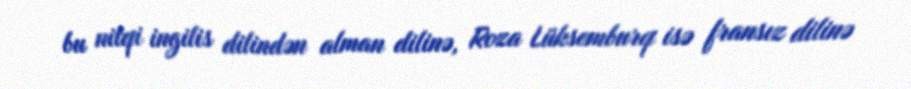
bu nitqi ingilis dilindən alman dilinə, Roza Lüksemburq isə fransız dilinə